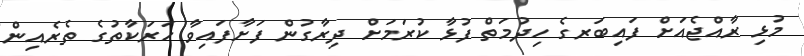
މުޅި ރާއްޖެއަށް ފައިބަރގެ ހިދުމަތް ފުޅާ ކުރަމަށް ދިރާގުން ފަށާފައިވާ ހަރަކާތުގެ ތެރެއިން